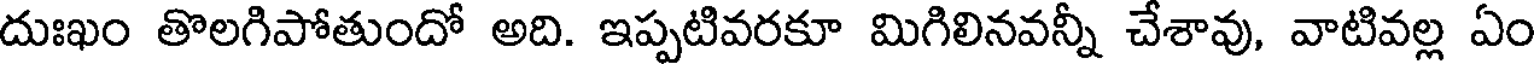
దుఃఖం తొలగిపోతుందో అది. ఇప్పటివరకూ మిగిలినవన్నీ చేశావు, వాటివల్ల ఏం